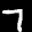
Label: 7